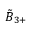
{ \tilde { B } } _ { 3 + }